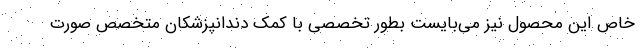
خاص این محصول نیز می­بایست بطور تخصصی با کمک دندانپزشکان متخصص صورت